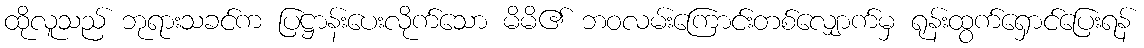
ထိုလူသည် ဘုရားသခင်က ပြဋ္ဌာန်းပေးလိုက်သော မိမိ၏ ဘဝလမ်းကြောင်းတစ်လျှောက်မှ ရုန်းထွက်ရှောင်ပြေးရန်